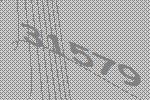
31579